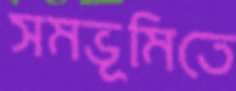
সমভূমিতে